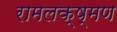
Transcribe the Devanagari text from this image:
रामलक्ष्मण